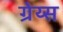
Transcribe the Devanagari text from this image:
ग्रेय्स